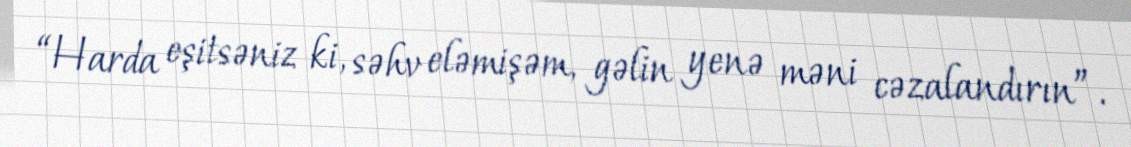
“Harda eşitsəniz ki, səhv eləmişəm, gəlin yenə məni cəzalandırın”.